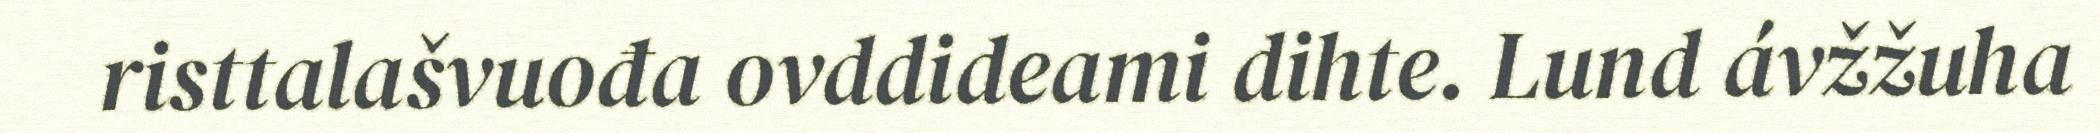
risttalašvuođa ovddideami dihte. Lund ávžžuha